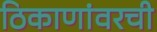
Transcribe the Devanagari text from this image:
ठिकाणांवरची